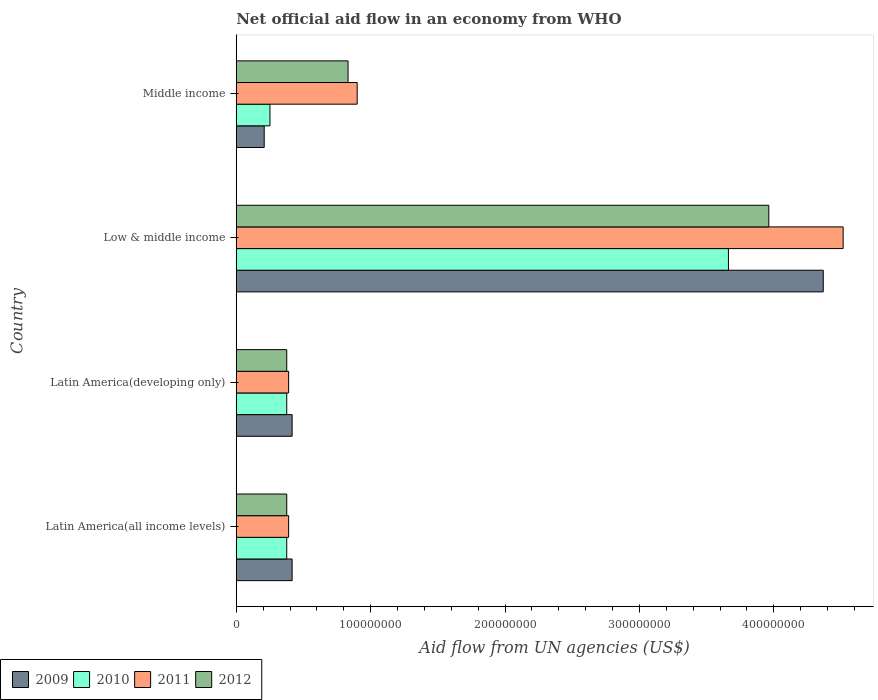
| Country | 2009 | 2010 | 2011 | 2012 |
 | --- | --- | --- | --- | --- |
 | Latin America(all income levels) | 4.16e+07 | 3.76e+07 | 3.9e+07 | 3.76e+07 |
 | Latin America(developing only) | 4.16e+07 | 3.76e+07 | 3.9e+07 | 3.76e+07 |
 | Low & middle income | 4.37e+08 | 3.66e+08 | 4.52e+08 | 3.96e+08 |
 | Middle income | 2.08e+07 | 2.51e+07 | 9e+07 | 8.32e+07 |